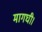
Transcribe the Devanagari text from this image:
मागघी।